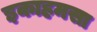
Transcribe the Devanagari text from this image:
इकाहमसा